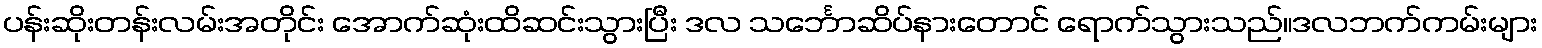
ပန်းဆိုးတန်းလမ်းအတိုင်း အောက်ဆုံးထိဆင်းသွားပြီး ဒလ သင်္ဘောဆိပ်နားတောင် ရောက်သွားသည်။ဒလဘက်ကမ်းများ